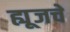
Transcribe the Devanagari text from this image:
ह्यूजचे